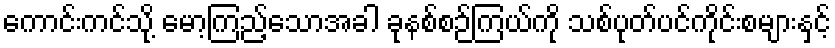
ကောင်းကင်သို့ မော့ကြည့်သောအခါ ခုနစ်စဉ်ကြယ်ကို သစ်ပုတ်ပင်ကိုင်းစများနှင့်